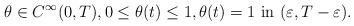
LaTeX: \begin{align*}&\theta\in C^{\infty}(0,T), 0\leq \theta(t) \leq 1, \theta(t)=1 \ \mbox{in} \ (\varepsilon,T-\varepsilon).\end{align*}